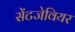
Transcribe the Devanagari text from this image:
सेंटजेवियर